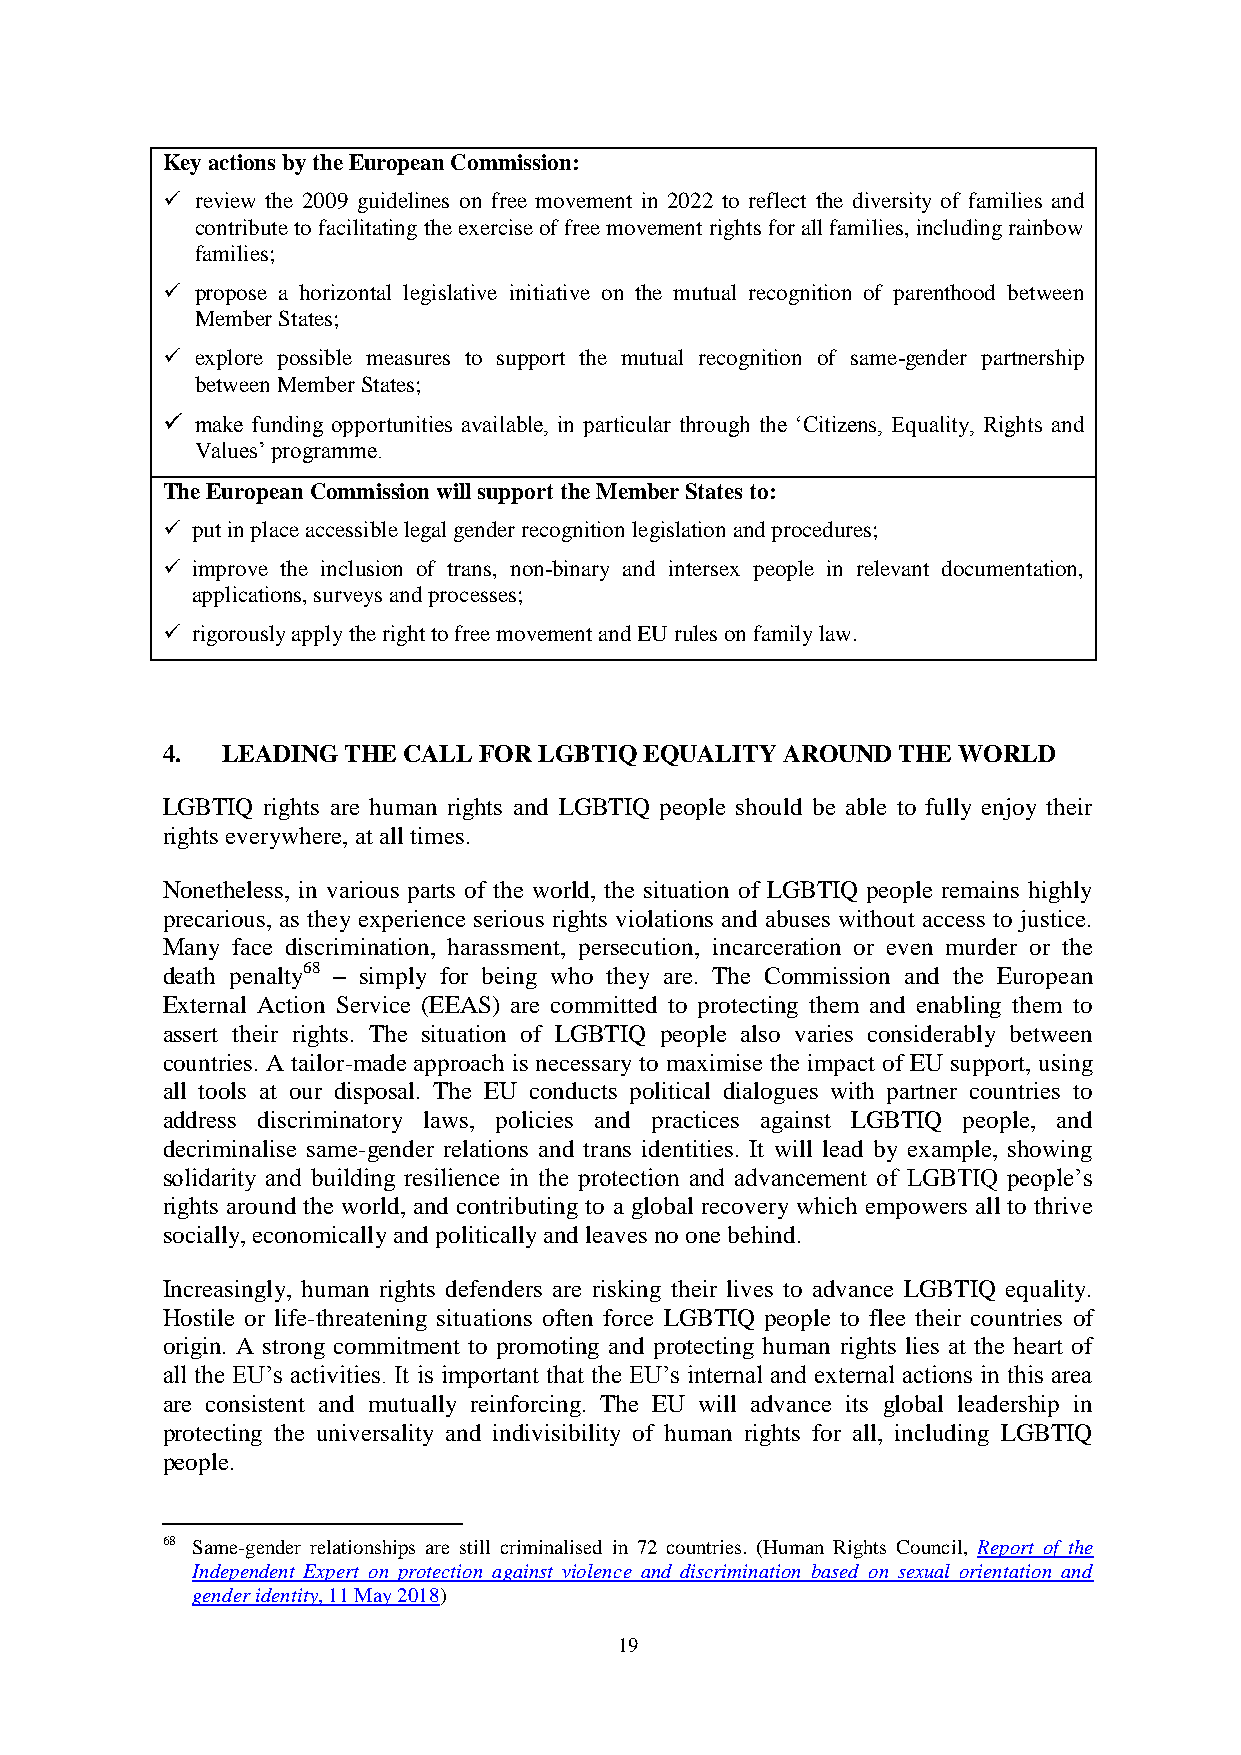
Key actions by the European Commission:
  review the 2009 guidelines on free movement in 2022 to reflect the diversity of families and
 contribute to facilitating the exercise of free movement rights for all families, including rainbow
 families;
  propose a horizontal legislative initiative on the mutual recognition of parenthood between
 Member States;
  explore possible measures to support the mutual recognition of same-gender partnership
 between Member States;
  make funding opportunities available, in particular through the ‘Citizens, Equality, Rights and
 Values’ programme.
 The European Commission will support the Member States to:
  put in place accessible legal gender recognition legislation and procedures;
  improve the inclusion of trans, non-binary and intersex people in relevant documentation,
 applications, surveys and processes;
  rigorously apply the right to free movement and EU rules on family law.
 4.  LEADING THE CALL FOR LGBTIQ EQUALITY AROUND THE WORLD
 LGBTIQ rights are human rights and LGBTIQ people should be able to fully enjoy their
 rights everywhere, at all times.
 Nonetheless, in various parts of the world, the situation of LGBTIQ people remains highly
 precarious, as they experience serious rights violations and abuses without access to justice.
 Many face discrimination, harassment, persecution, incarceration or even murder or the
 death penalty68 – simply for being who they are. The Commission and the European
 External Action Service (EEAS) are committed to protecting them and enabling them to
 assert their rights. The situation of LGBTIQ people also varies considerably between
 countries. A tailor-made approach is necessary to maximise the impact of EU support, using
 all tools at our disposal. The EU conducts political dialogues with partner countries to
 address discriminatory laws, policies and practices against LGBTIQ people, and
 decriminalise same-gender relations and trans identities. It will lead by example, showing
 solidarity and building resilience in the protection and advancement of LGBTIQ people’s
 rights around the world, and contributing to a global recovery which empowers all to thrive
 socially, economically and politically and leaves no one behind.
 Increasingly, human rights defenders are risking their lives to advance LGBTIQ equality.
 Hostile or life-threatening situations often force LGBTIQ people to flee their countries of
 origin. A strong commitment to promoting and protecting human rights lies at the heart of
 all the EU’s activities. It is important that the EU’s internal and external actions in this area
 are consistent and mutually reinforcing. The EU will advance its global leadership in
 protecting the universality and indivisibility of human rights for all, including LGBTIQ
 people.
 68 Same-gender relationships are still criminalised in 72 countries. (Human Rights Council, Report of the
 Independent Expert on protection against violence and discrimination based on sexual orientation and
 gender identity, 11 May 2018)
 19